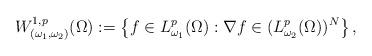
LaTeX: \begin{align*}W^{1,p}_{(\omega_1,\omega_2)}(\Omega):= \left\{ f\in L^{p}_{\omega_1}(\Omega) : \nabla f\in (L_{\omega_2}^p (\Omega ))^N\right\},\end{align*}